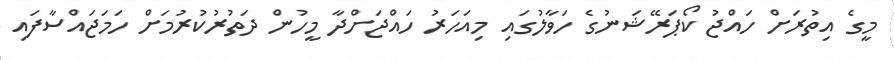
މީގެ އިތުރަށް ހައްޖު ކޯޕަރޭޝަނުގެ ހަވާލުގައި މިއަހަރު ހައްޖަށްދާ މީހުން ދަތުރުކުރުމަށް ހަމަޖައްސާފައި